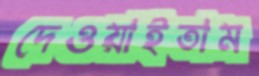
দেওয়াইতাম